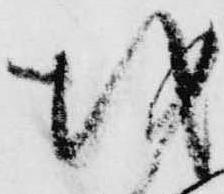
越